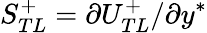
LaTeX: S_{TL}^{+}=\partial U_{TL}^{+}/\partial y^{*}